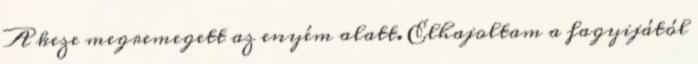
A keze megremegett az enyém alatt. Elhajoltam a fagyijától